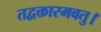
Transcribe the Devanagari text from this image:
तद्वक्तारमवतु।